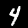
Label: 4